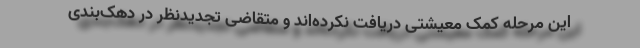
این مرحله کمک معیشتی دریافت نکرده‌اند و متقاضی تجدیدنظر در دهک‌بندی